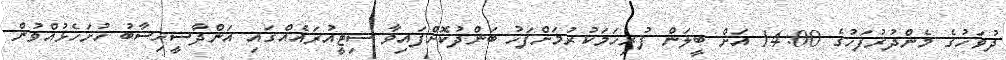
ދުވަހުގެ މެންދުރުފަހުގެ 14:00 އަށް ބީލަން ފުރިހަމަކުރުމަށްފަހު ބަންދުކޮށްފައިވާ ސިޓީއުރައެއްގައި އަންދާސީހިސާބު ހުށަހެޅުއްވުން